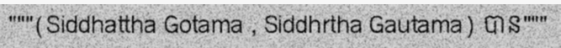
"""(Siddhattha Gotama , Siddhrtha Gautama) បាន"""